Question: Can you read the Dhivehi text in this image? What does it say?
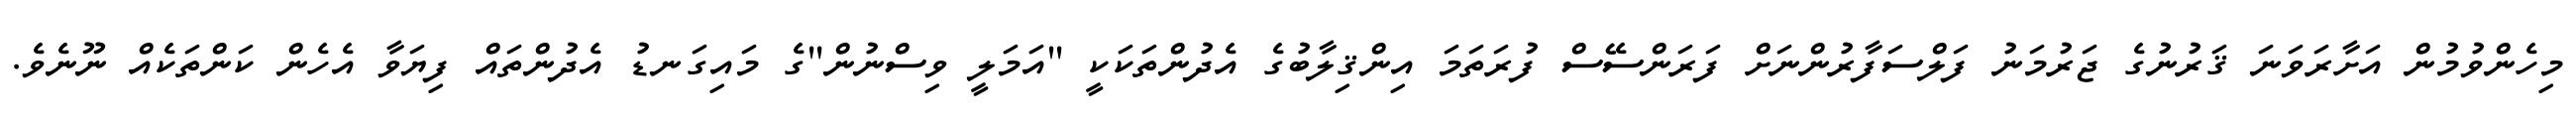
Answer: މިހެންވުމުން އަށާރަވަނަ ޤަރުނުގެ ޖަރުމަނު ފަލްސަފާރުންނަށް ފަރަންސޭސް ފުރަތަމަ އިންޤިލާބުގެ އެދުންތަކަކީ "އަމަލީ ވިސްނުން"ގެ މައިގަނޑު އެދުންތައް ފިޔަވާ އެހެން ކަންތަކެއް ނޫނެވެ.